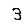
Digit: 3